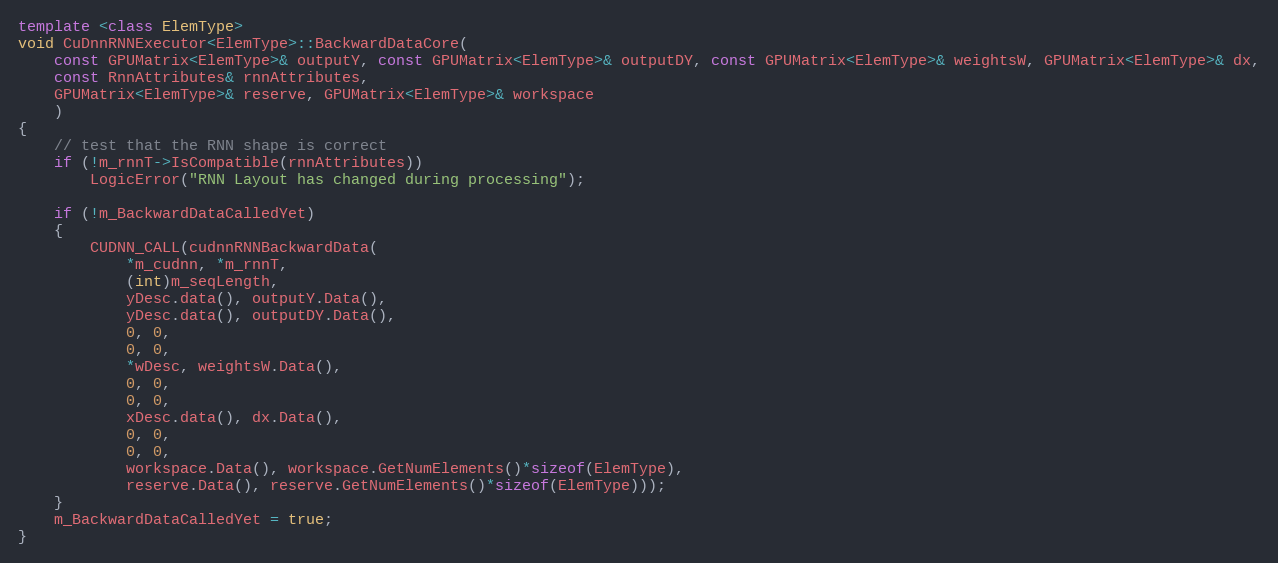
Language: C++
template <class ElemType>
void CuDnnRNNExecutor<ElemType>::BackwardDataCore(
    const GPUMatrix<ElemType>& outputY, const GPUMatrix<ElemType>& outputDY, const GPUMatrix<ElemType>& weightsW, GPUMatrix<ElemType>& dx,
    const RnnAttributes& rnnAttributes,
    GPUMatrix<ElemType>& reserve, GPUMatrix<ElemType>& workspace
    )
{
    // test that the RNN shape is correct
    if (!m_rnnT->IsCompatible(rnnAttributes))
        LogicError("RNN Layout has changed during processing");

    if (!m_BackwardDataCalledYet)
    {
        CUDNN_CALL(cudnnRNNBackwardData(
            *m_cudnn, *m_rnnT,
            (int)m_seqLength,
            yDesc.data(), outputY.Data(),
            yDesc.data(), outputDY.Data(),
            0, 0,
            0, 0,
            *wDesc, weightsW.Data(),
            0, 0,
            0, 0,
            xDesc.data(), dx.Data(),
            0, 0,
            0, 0,
            workspace.Data(), workspace.GetNumElements()*sizeof(ElemType),
            reserve.Data(), reserve.GetNumElements()*sizeof(ElemType)));
    }
    m_BackwardDataCalledYet = true;
}